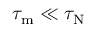
\tau _ { \mathrm { m } } \ll \tau _ { \mathrm { N } }